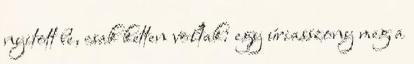
nyitott be, csak ketten voltak: egy úriasszony meg a